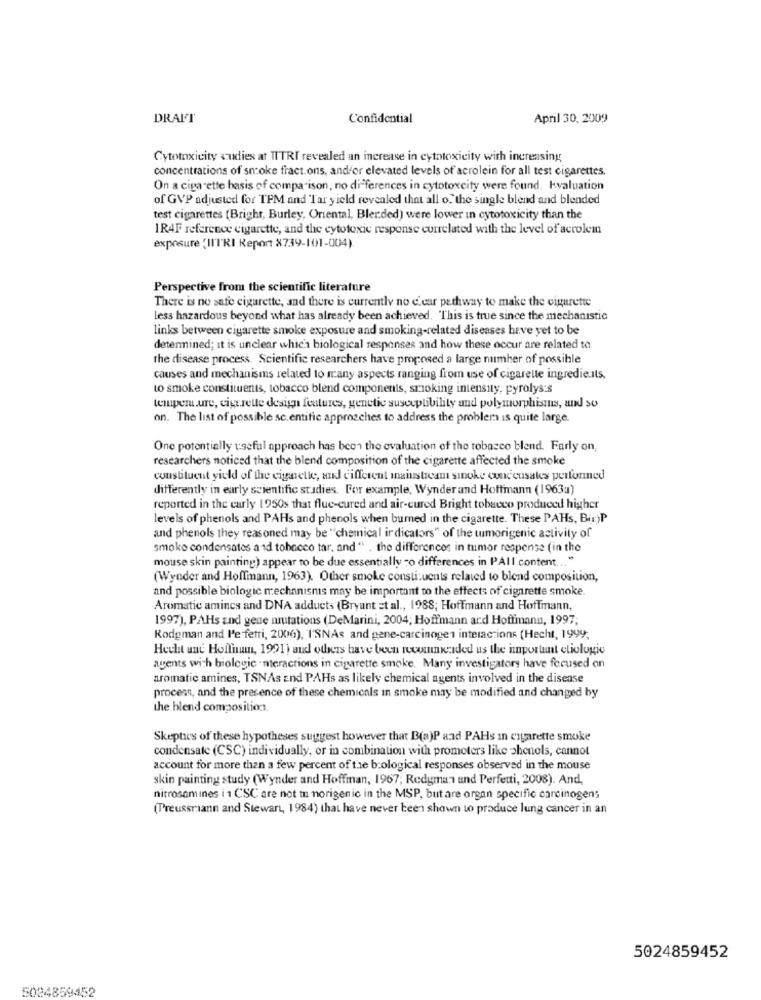
DRAFT
Confidential
April 30, 2009
Cytotoxicity studies at TITRI revealed an increase in cytotoxicity with increasing
concentrations of smoke fract.ons, and/or elevated levels of acrolein for all test cigarettes.
On a cigarette basis of comparison, no differences in cytotoxcity were found. Kvaluation
of GVP adjusted for TPM and Tar yield revealed that all o. the single blend and blended
test cigarettes (Bright, Burley, Oriental, Blerded) were lower in cytotoxicity than the
1R4F reference cigarette, and the cytotoxic response correlated with the level of acrolem
exposure 'IN'I'RI Report X739-101-004)
Perspective from the scientific literature
There is no safe cigarette, and there is currently no c.car pathway to make the cigarette
less hazardous beyond what has already been achieved. This is true since the mechanistic
links between cigarette smoke exposure and smoking-related diseases have yet to be
determined; it is unclear whic's biological responses and how these occur are related to
the disease process Scientific researchers have proposed a large number of possible
causes and mechanisms related to many aspects ranging from use of cigarette ingredients,
to smoke constituents, tobacco blend components, smoking intensity, pyrolys:s
temper.ure, cigarette design features, genetic susceptibility and polymorphisins, and so
on. The list of possible sc.entific approaches to address the problem is quite large.
One potentially useful approach has been the evaluation of the tobacco blend. Farly on,
researchers noticed that the blend composition of the cigarette affected the smoke
constituent yield of the cigaretle, and different mainstream sinoke con cusates performed
differently in early scientific studies. For example, Wynder and Hoffmann (1963a)
reported in the early 1950s that flue-cured and air-cured Bright tobacco produced higher
levels of phenols and PAHs and phenols when burned in the cigarette. These PAHs, Bir)P
and phenols they reasoned may be "chemical ir dicators" of the tumorigenic activity of
smoke condensates a id tobacco tar, and " . the differences in tumor response (in the
mouse skin painting) appear to be due essentially -o differences in PAIl content ... "
(Wynder and Hoffmann, 1963). Other smoke constituents related to blend composition,
and possible biologic mechanisms may be important to the effects of cigarette smoke.
Aromatic amines and DNA adduets (Bryant et al ., 1988; Hoffmann and Hoffmann,
1997), PAHs and gene mutations (DeMarini, 2004; Hoffmann ard Hoffmann, 1997;
Rodeman and l'e fetri, 2000), I'SNAs and gene-carcinogen interactions (Hecht, 1999;
Hecht une Hofliman, 1991) and others have been recommended us the inportent etiologie
agents with biologic - nteractions in cigarette smoke. Many investigators have focused on
aromatic amines, TSNAs and PAHs as likely chemical agents involved in the disease
process, and the presence of these chemicals In smoke may be modified and changed by
the blend composition
Skeptics of these hypotheses suggest however that B(a)P and PAHs In cigarette smoke
condensate (CSC) individually, or in combination with promoters like phenols, cannot
account for more than a few percent of the b:ological responses observed in the mouse
skin painting study (Wynder and Hoffman, 1967, Redyman and Perfetti, 2008). And,
nitrosam ines i 1 CSC are not m norigenic in the MSP, but are organ specific carcinogens
(Preussriann and Stewart, 1984) that have never been shown to produce lung cancer in an
5024859452
5024859452